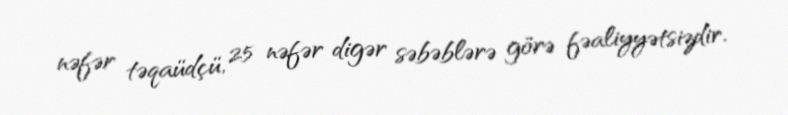
nəfər təqaüdçü, 25 nəfər digər səbəblərə görə fəaliyyətsizdir.